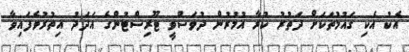
އެކު އެކި ގައުމުތަކަށް ދަތުރު ކުރާ އުމުރުން ދުވަސްވީ ޓޫރިސްޓުންގެ އަދަދު އިތުރުވެފައިވާ